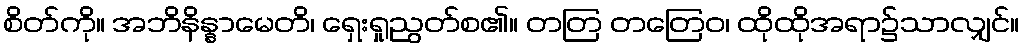
စိတ်ကို။ အဘိနိန္နာမေတိ၊ ရှေးရှုညွတ်စ၏။ တတြ တတြေဝ၊ ထိုထိုအရာ၌သာလျှင်။